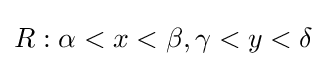
{\textstyle R:\alpha <x<\beta ,\gamma <y<\delta }